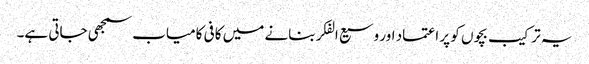
یہ ترکیب بچوں کو پر اعتماد اور وسیع الفکر بنانے میں کافی کامیاب سمجھی جاتی ہے۔